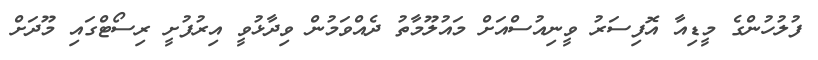
ފުލުހުންގެ މީޑިއާ އޮފިސަރު ވީނިއުސްއަށް މައުލޫމާތު ދެއްވަމުން ވިދާޅުވީ އިރުފުށީ ރިސޯޓްގައި މޫދަށް